Source: Handwritten
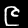
Digit: ၉ (9)